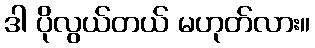
ဒါ ပိုလွယ်တယ် မဟုတ်လား။